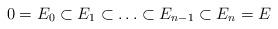
LaTeX: \begin{align*}0 = E_0 \subset E_1 \subset \ldots \subset E_{n-1} \subset E_n = E\end{align*}